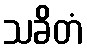
သခိတံ